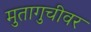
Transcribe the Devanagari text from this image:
मुतागुचीवर